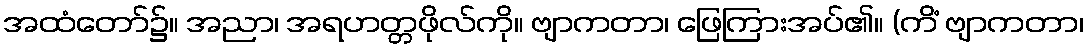
အထံတော်၌။ အညာ၊ အရဟတ္တဖိုလ်ကို။ ဗျာကတာ၊ ဖြေကြားအပ်၏။ (ကိံ ဗျာကတာ၊